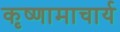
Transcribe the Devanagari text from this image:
कृष्णामाचार्य